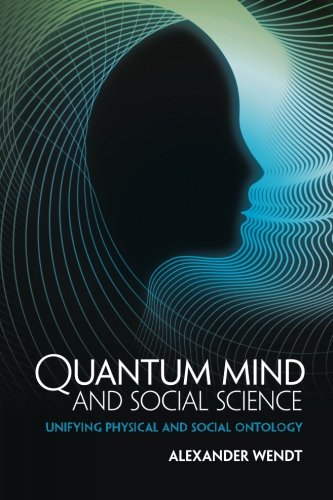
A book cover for Quantum Mind and Social Science: Unifying Physical and Social Ontology; Alexander Wendt; Science & Math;